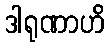
ဒါရုဏာဟိ